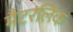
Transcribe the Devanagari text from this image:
मैटरलिंक